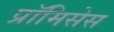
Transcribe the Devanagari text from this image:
प्रॉमिसेस